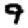
Digit: 9